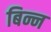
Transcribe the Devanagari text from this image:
बिन्न